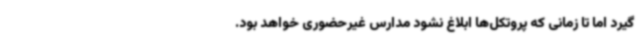
گیرد اما تا زمانی که پروتکل‌ها ابلاغ نشود مدارس غیرحضوری خواهد بود.